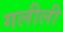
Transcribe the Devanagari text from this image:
गलीली